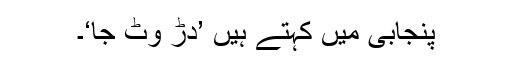
پنجابی میں کہتے ہیں ’دڑ وٹ جا‘۔